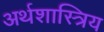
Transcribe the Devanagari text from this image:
अर्थशास्त्रिय